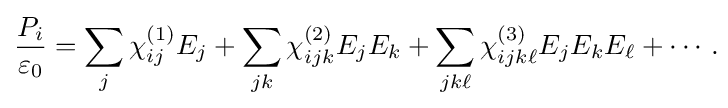
{\frac {P_{i}}{\varepsilon _{0}}}=\sum _{j}\chi _{ij}^{(1)}E_{j}+\sum _{jk}\chi _{ijk}^{(2)}E_{j}E_{k}+\sum _{jk\ell }\chi _{ijk\ell }^{(3)}E_{j}E_{k}E_{\ell }+\cdots .\!